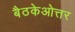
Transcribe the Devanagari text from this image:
बैठकेओत्तर